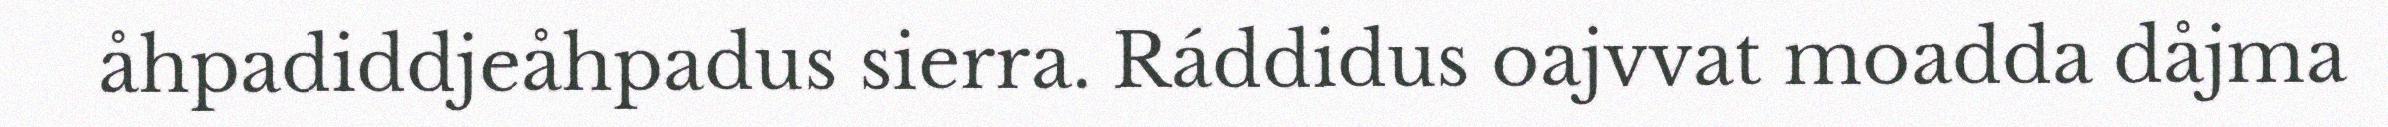
åhpadiddjeåhpadus sierra. Ráddidus oajvvat moadda dåjma